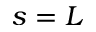
s = L